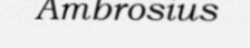
Ambrosius